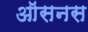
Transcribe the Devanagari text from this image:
ऑसनस